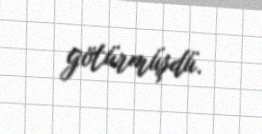
götürmüşdü.